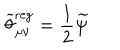
LaTeX: \widetilde { \theta } _ { \mu \nu } ^ { \mathrm { r e g } } = \frac 1 2 \widetilde { \psi }